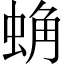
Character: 𰲾